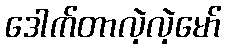
ဒေါက်တာလဲ့လဲ့မော်